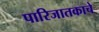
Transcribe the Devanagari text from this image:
पारिजातकाचे